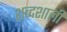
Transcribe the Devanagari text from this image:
शब्दशाली